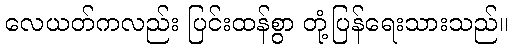
လေယတ်ကလည်း ပြင်းထန်စွာ တုံ့ပြန်ရေးသားသည်။